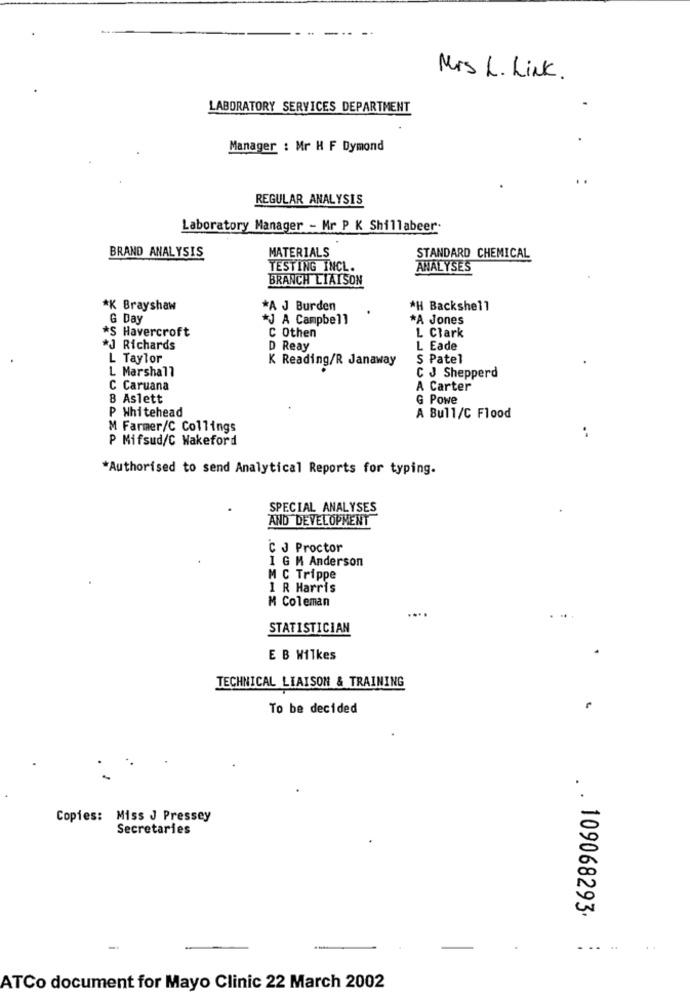
Mrs L. Link.
LABORATORY SERVICES DEPARTMENT
Manager : Mr H F Dymond
REGULAR ANALYSIS
Laboratory Manager - Mr P K Shillabeer.
MATERIALS
BRAND ANALYSIS
STANDARD CHEMICAL
TESTING INCL.
ANALYSE'S
BRANCH LIAISON
*K Brayshaw
*A J Burden
*H Backshell
G Day
*J A Campbell
*A Jones
*S Havercroft
C Othen
L Clark
*J Richards
D Reay
L Eade
L Taylor
K Reading/R Janaway
S Patel
L Marshall
C J Shepperd
C Caruana
A Carter
8 Aslett
G Powe
P Whitehead
A Bull/C Flood
M Farmer/C Collings
P Mifsud/C Wakeford
*Authorised to send Analytical Reports for typing.
SPECIAL ANALYSES
AND DEVELOPMENT
C J Proctor
I G M Anderson
M C Trippe
1 R Harris
M Coleman
STATISTICIAN
E B Wilkes
TECHNICAL LIAISON & TRAINING
To be decided
Copies: Miss J Pressey
Secretaries
. . 109068293.
....
ATCo document for Mayo Clinic 22 March 2002